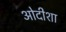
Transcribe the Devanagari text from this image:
ओदीशा